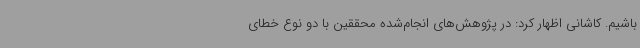
باشیم. کاشانی اظهار کرد: در پژوهش‌های انجام‌شده محققین با دو نوع خطای